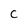
Character: c